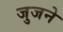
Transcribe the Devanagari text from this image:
जुजने